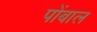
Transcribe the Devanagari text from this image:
पोंबाल